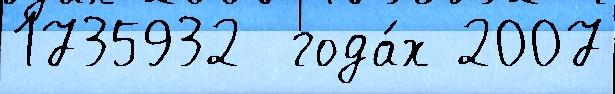
1735932  года́х 2007